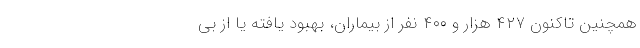
همچنین تاکنون ۴۲۷ هزار و ۴۰۰ نفر از بیماران، بهبود یافته یا از بی